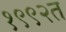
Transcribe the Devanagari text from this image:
१९९२त